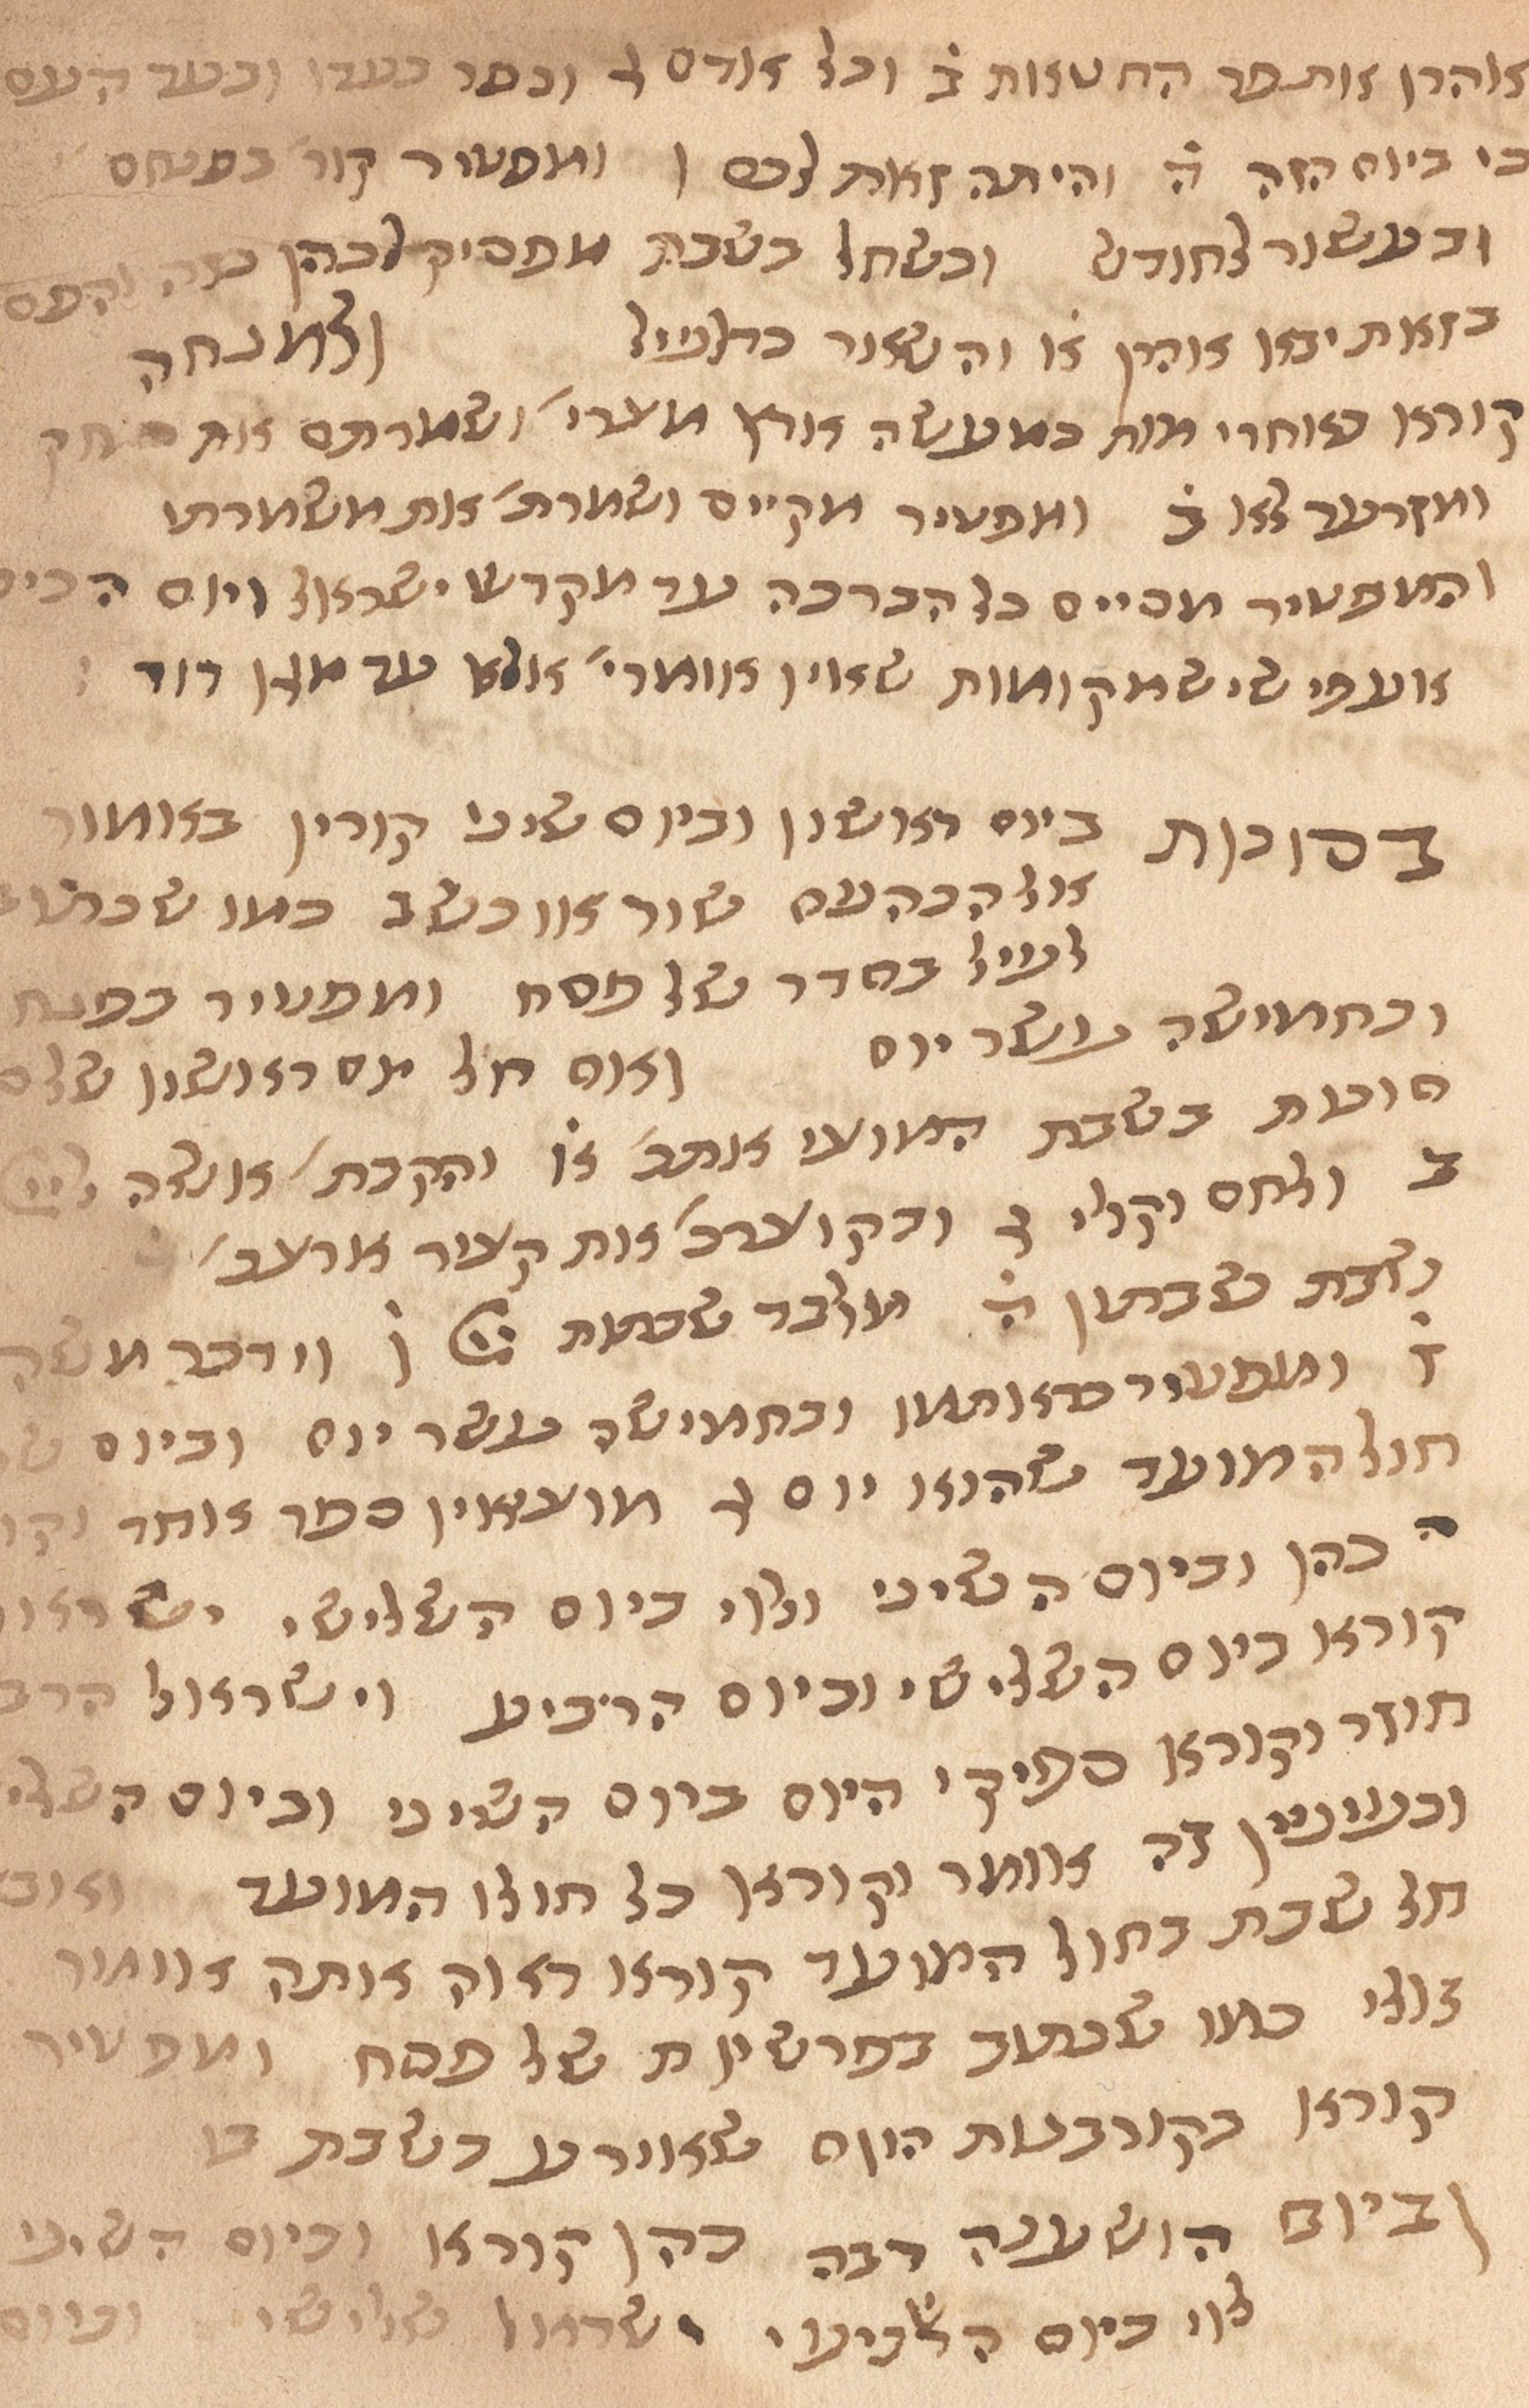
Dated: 1435–1465